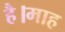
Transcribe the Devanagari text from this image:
है।माह